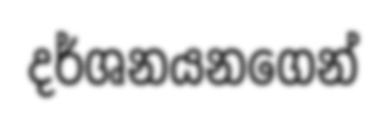
දර්ශනයනගෙන්